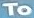
To